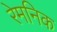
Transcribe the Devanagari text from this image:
रेमनिक